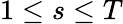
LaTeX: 1\leq s\leq T